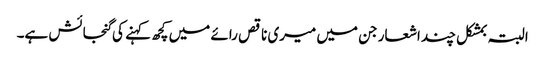
البتہ بمشکل چند اشعار جن میں میری ناقص رائے میں کچھ کہنے کی گنجائش ہے۔